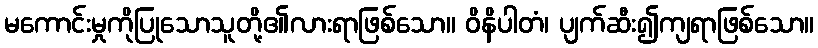
မကောင်းမှုကိုပြုသောသူတို့၏လားရာဖြစ်သော။ ဝိနိပါတံ၊ ပျက်ဆီး၍ကျရာဖြစ်သော။